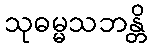
သုဓမ္မသဘန္တိ